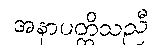
အနာပတ္တိသညီ